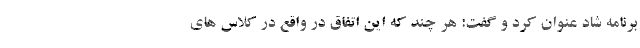
برنامه شاد عنوان کرد و گفت: هر چند که این اتفاق در واقع در کلاس های